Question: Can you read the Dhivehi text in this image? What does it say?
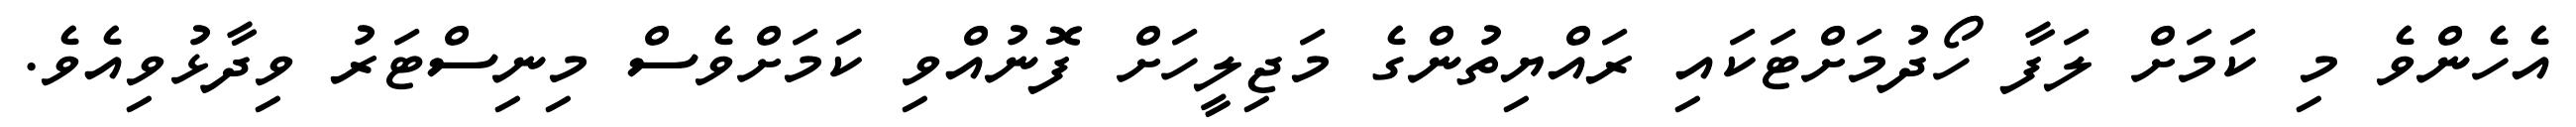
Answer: އެހެންވެ މި ކަމަށް ލަފާ ހޯދުމަށްޓަކައި ރައްޔިތުންގެ މަޖިލީހަށް ފޮނުއްވި ކަމަށްވެސް މިނިސްޓަރު ވިދާޅުވިއެވެ.